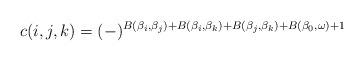
LaTeX: \begin{align*}c(i,j,k)=(-)^{B(\beta_i,\beta_j)+B(\beta_i,\beta_k)+B(\beta_j,\beta_k)+B(\beta_0,\omega)+1}\end{align*}